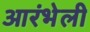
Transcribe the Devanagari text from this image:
आरंभेली